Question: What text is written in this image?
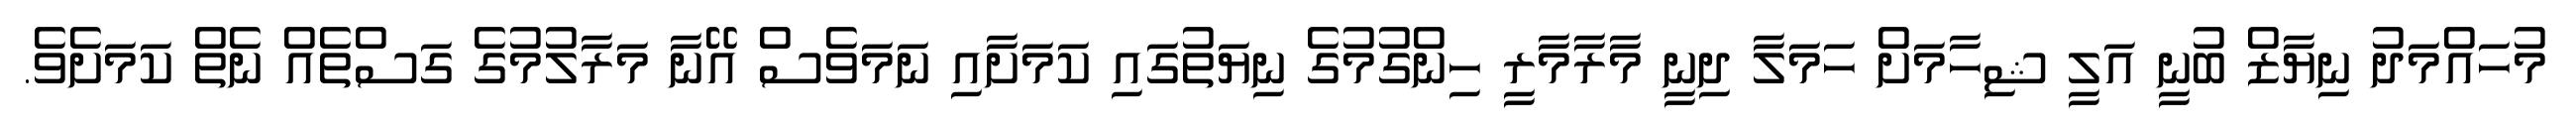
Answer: މުހައްމަދު ނިޔާޒް ބުނީ އަލީ ޝިހާމަށް ހަމަލާ ދިނީ މާރާމާރީ ހިންގުމުގެ ނިޔަތުގައި ކަމަށާއި ނަމަވެސް އޭނާ މަރާލުމުގެ ގަސްތެއް ނެތް ކަމަށެވެ.